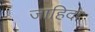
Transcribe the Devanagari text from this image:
जाहिदा